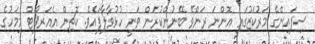
ސިފައިންގެ މަރުކަޒުގައި އޮންނަ ރަންވޭ ބޭނުންކުރަން ވަނީ ހުޅުވާލާފައެވެ. ކޮޗިން އެއަރޕޯޓް މިމަހުގެ